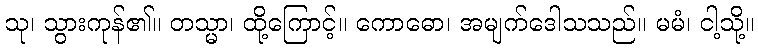
သု၊ သွားကုန်၏။ တသ္မာ၊ ထို့ကြောင့်။ ကောဓော၊ အမျက်ဒေါသသည်။ မမံ၊ ငါ့သို့။